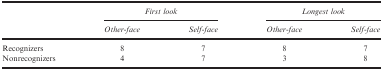
<table><thead><tr><td rowspan="2"></td><td colspan="2"><b>First look</b></td><td colspan="2"><b>Longest look</b></td></tr><tr><td><b>Other‐face</b></td><td><b>Self‐face</b></td><td><b>Other‐face</b></td><td><b>Self‐face</b></td></tr></thead><tbody><tr><td>Recognizers</td><td>8</td><td>7</td><td>8</td><td>7</td></tr><tr><td>Nonrecognizers</td><td>4</td><td>7</td><td>3</td><td>8</td></tr></tbody></table>